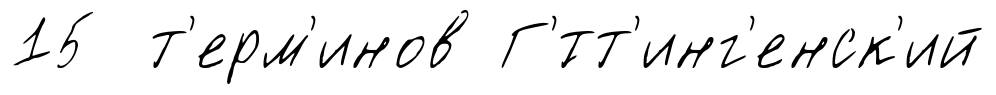
15 т'ерм'инов Г'́тт'инг'енск'ий